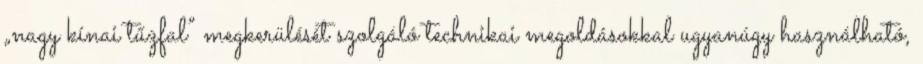
„nagy kínai tűzfal” megkerülését szolgáló technikai megoldásokkal ugyanúgy használható,